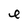
Character: e